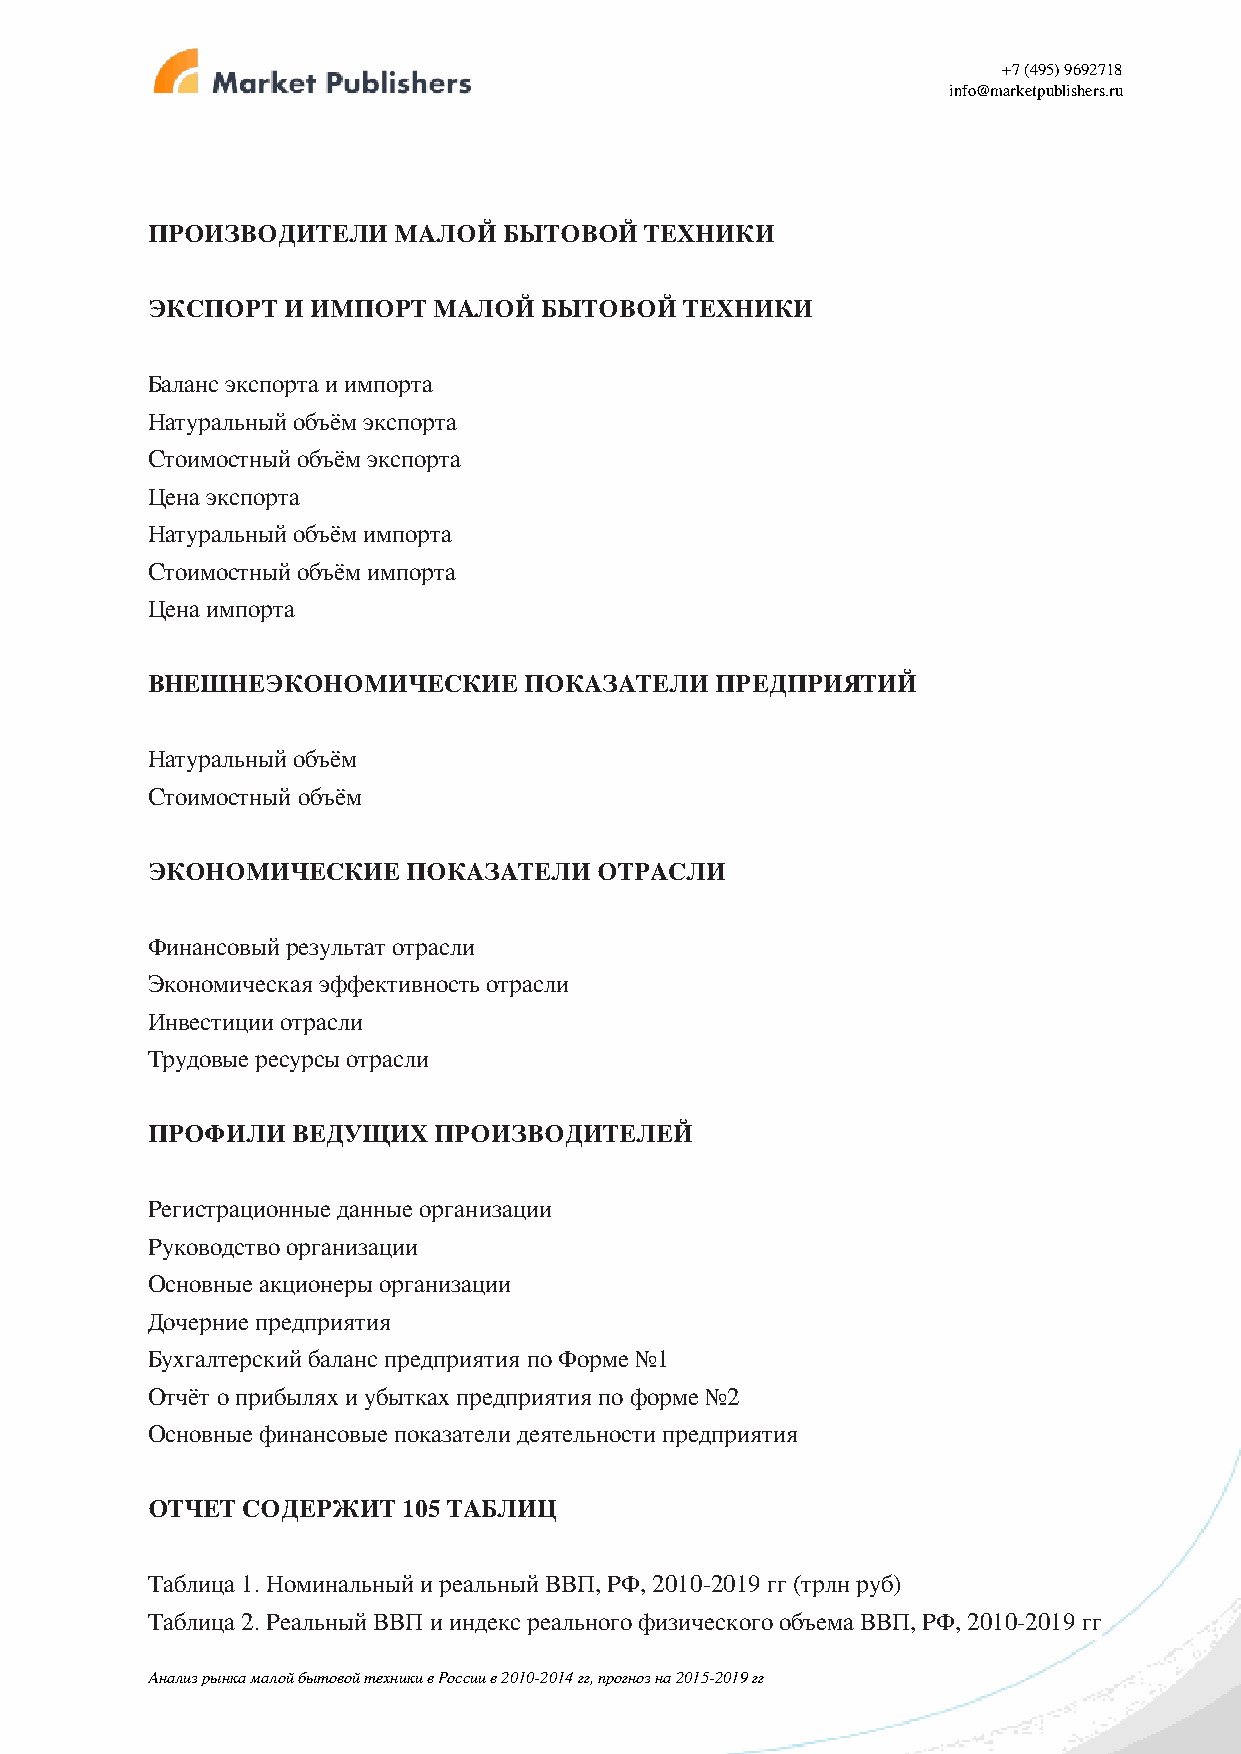
+7 (495) 9692718
 info@marketpublishers.ru
 ПРОИЗВОДИТЕЛИ   МАЛОЙ  БЫТОВОЙ   ТЕХНИКИ
 ЭКСПОРТ  И ИМПОРТ  МАЛОЙ  БЫТОВОЙ  ТЕХНИКИ
 Баланс экспорта и импорта
 Натуральный объём экспорта
 Стоимостный объём экспорта
 Цена экспорта
 Натуральный объём импорта
 Стоимостный объём импорта
 Цена импорта
 ВНЕШНЕЭКОНОМИЧЕСКИЕ      ПОКАЗАТЕЛИ  ПРЕДПРИЯТИЙ
 Натуральный объём
 Стоимостный объём
 ЭКОНОМИЧЕСКИЕ    ПОКАЗАТЕЛИ   ОТРАСЛИ
 Финансовый результат отрасли
 Экономическая эффективность отрасли
 Инвестиции отрасли
 Трудовые ресурсы отрасли
 ПРОФИЛИ  ВЕДУЩИХ   ПРОИЗВОДИТЕЛЕЙ
 Регистрационные данные организации
 Руководство организации
 Основные акционеры организации
 Дочерние предприятия
 Бухгалтерский баланс предприятия по Форме №1
 Отчёт о прибылях и убытках предприятия по форме №2
 Основные финансовые показатели деятельности предприятия
 ОТЧЕТ СОДЕРЖИТ   105 ТАБЛИЦ
 Таблица 1. Номинальный и реальный ВВП, РФ, 2010-2019 гг (трлн руб)
 Таблица 2. Реальный ВВП и индекс реального физического объема ВВП, РФ, 2010-2019 гг
 Анализ рынка малой бытовой техники в России в 2010-2014 гг, прогноз на 2015-2019 гг